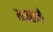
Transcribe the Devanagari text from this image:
गजराजों